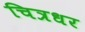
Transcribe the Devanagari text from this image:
चित्रधर